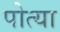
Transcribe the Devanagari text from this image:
पोत्या